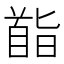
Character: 𮩡